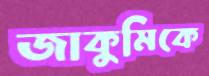
জাকুমিকে